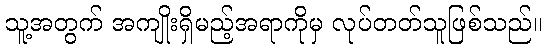
သူ့အတွက် အကျိုးရှိမည့်အရာကိုမှ လုပ်တတ်သူဖြစ်သည်။